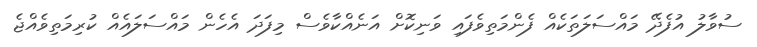
ސުވާލު އުފެދޭ މައްސަލަތަކެއް ފެންމަތިވެފައި ވަނިކޮށް އަނެއްކާވެސް މިފަދަ އެހެން މައްސަލައެއް ކުރިމަތިވެއްޖެ